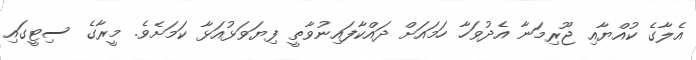
އެލާގެ ކުއްޔާއި ޖޫރިމަނާ އެދުވަހާ ހަމައަށް ދައްކާފައިނުވާތީ ފިޔަވަޅުއަޅާ ކަމަށެވެ. މީރާގެ ސިޓީގައި